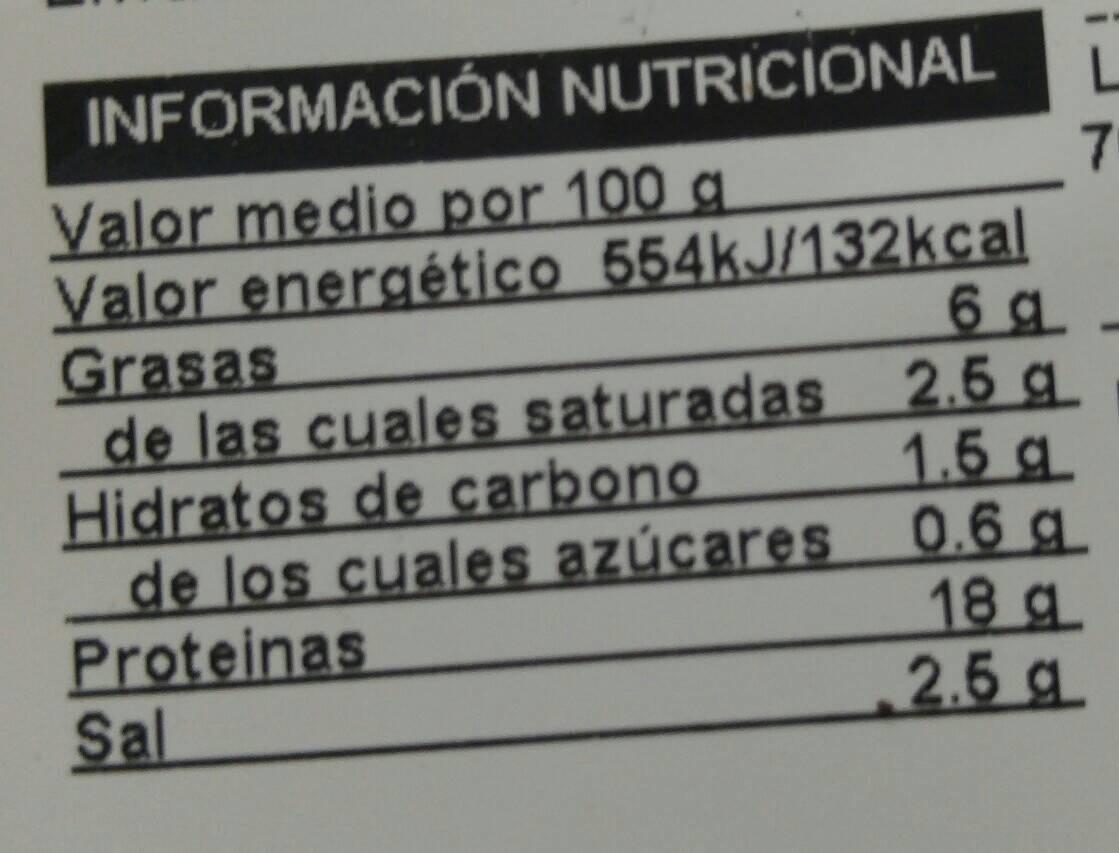
INFORMACIÓN NUTRICIONALL 7. Valor medio por 100 g Valor energético 554kJ/132kcal Grasas de las cuales saturadas 2.5 g. Hidratos de carbono de los cuales azúcares 0.6 g Proteinas Sal 1.5 g. 18 g 2.6 g